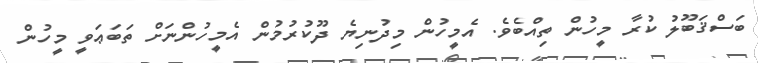
ބަސްޤަބޫލު ކުރާ މީހުން ތިއްބެވެ. އެމީހުން މިދުނިޔެ ދޫކުރުމުން އެމީހުންނަށް ތަބަޢަވީ މީހުން